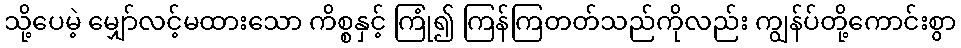
သို့ပေမဲ့ မျှော်လင့်မထားသော ကိစ္စနှင့် ကြုံ၍ ကြန်ကြတတ်သည်ကိုလည်း ကျွန်ပ်တို့ကောင်းစွာ